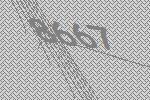
8667